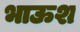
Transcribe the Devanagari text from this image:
भाऊश